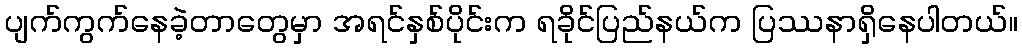
ပျက်ကွက်နေခဲ့တာတွေမှာ အရင်နှစ်ပိုင်းက ရခိုင်ပြည်နယ်က ပြဿနာရှိနေပါတယ်။